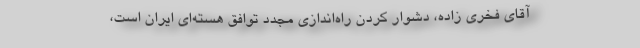
آقای فخری زاده، دشوار کردن راه‌اندازی مجدد توافق هسته‌ای ایران است،